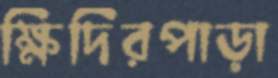
ক্ষিদিরপাড়া